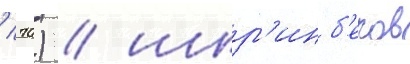
/ 70) / шир'инб'еков